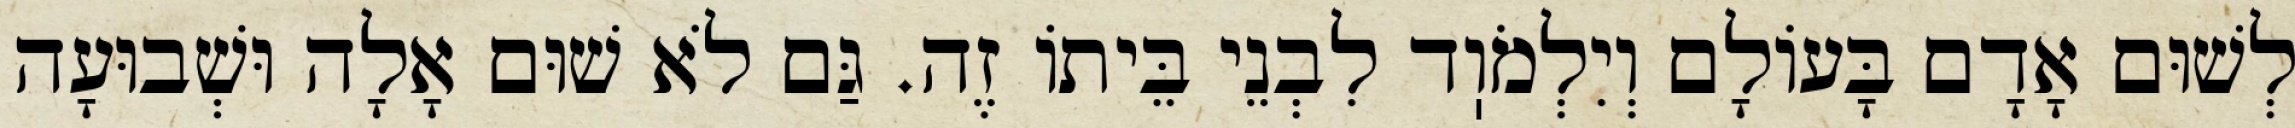
לְשׁוּם אָדָם בָּעוֹלָם וְיִלְמֹוֽד לִבְנֵי בֵּיתוֹ זֶה. גַּם לֹא שׁוּם אָלָה וּשְׁבוּעָה